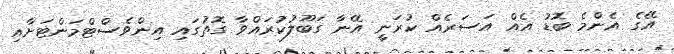
އޭގެ އެންމެ ބޮޑު އެއް އަސަރެއް ކުރަނީ އޭނާ ގަބޫލުކުރައްވާ ގޮތުގައި އިންވެސްޓްމަންޓަށާއި